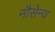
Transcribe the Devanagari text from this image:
नौसेन्य